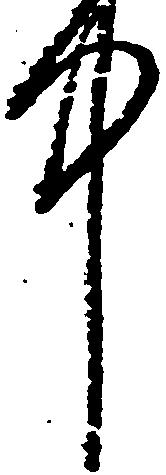
中